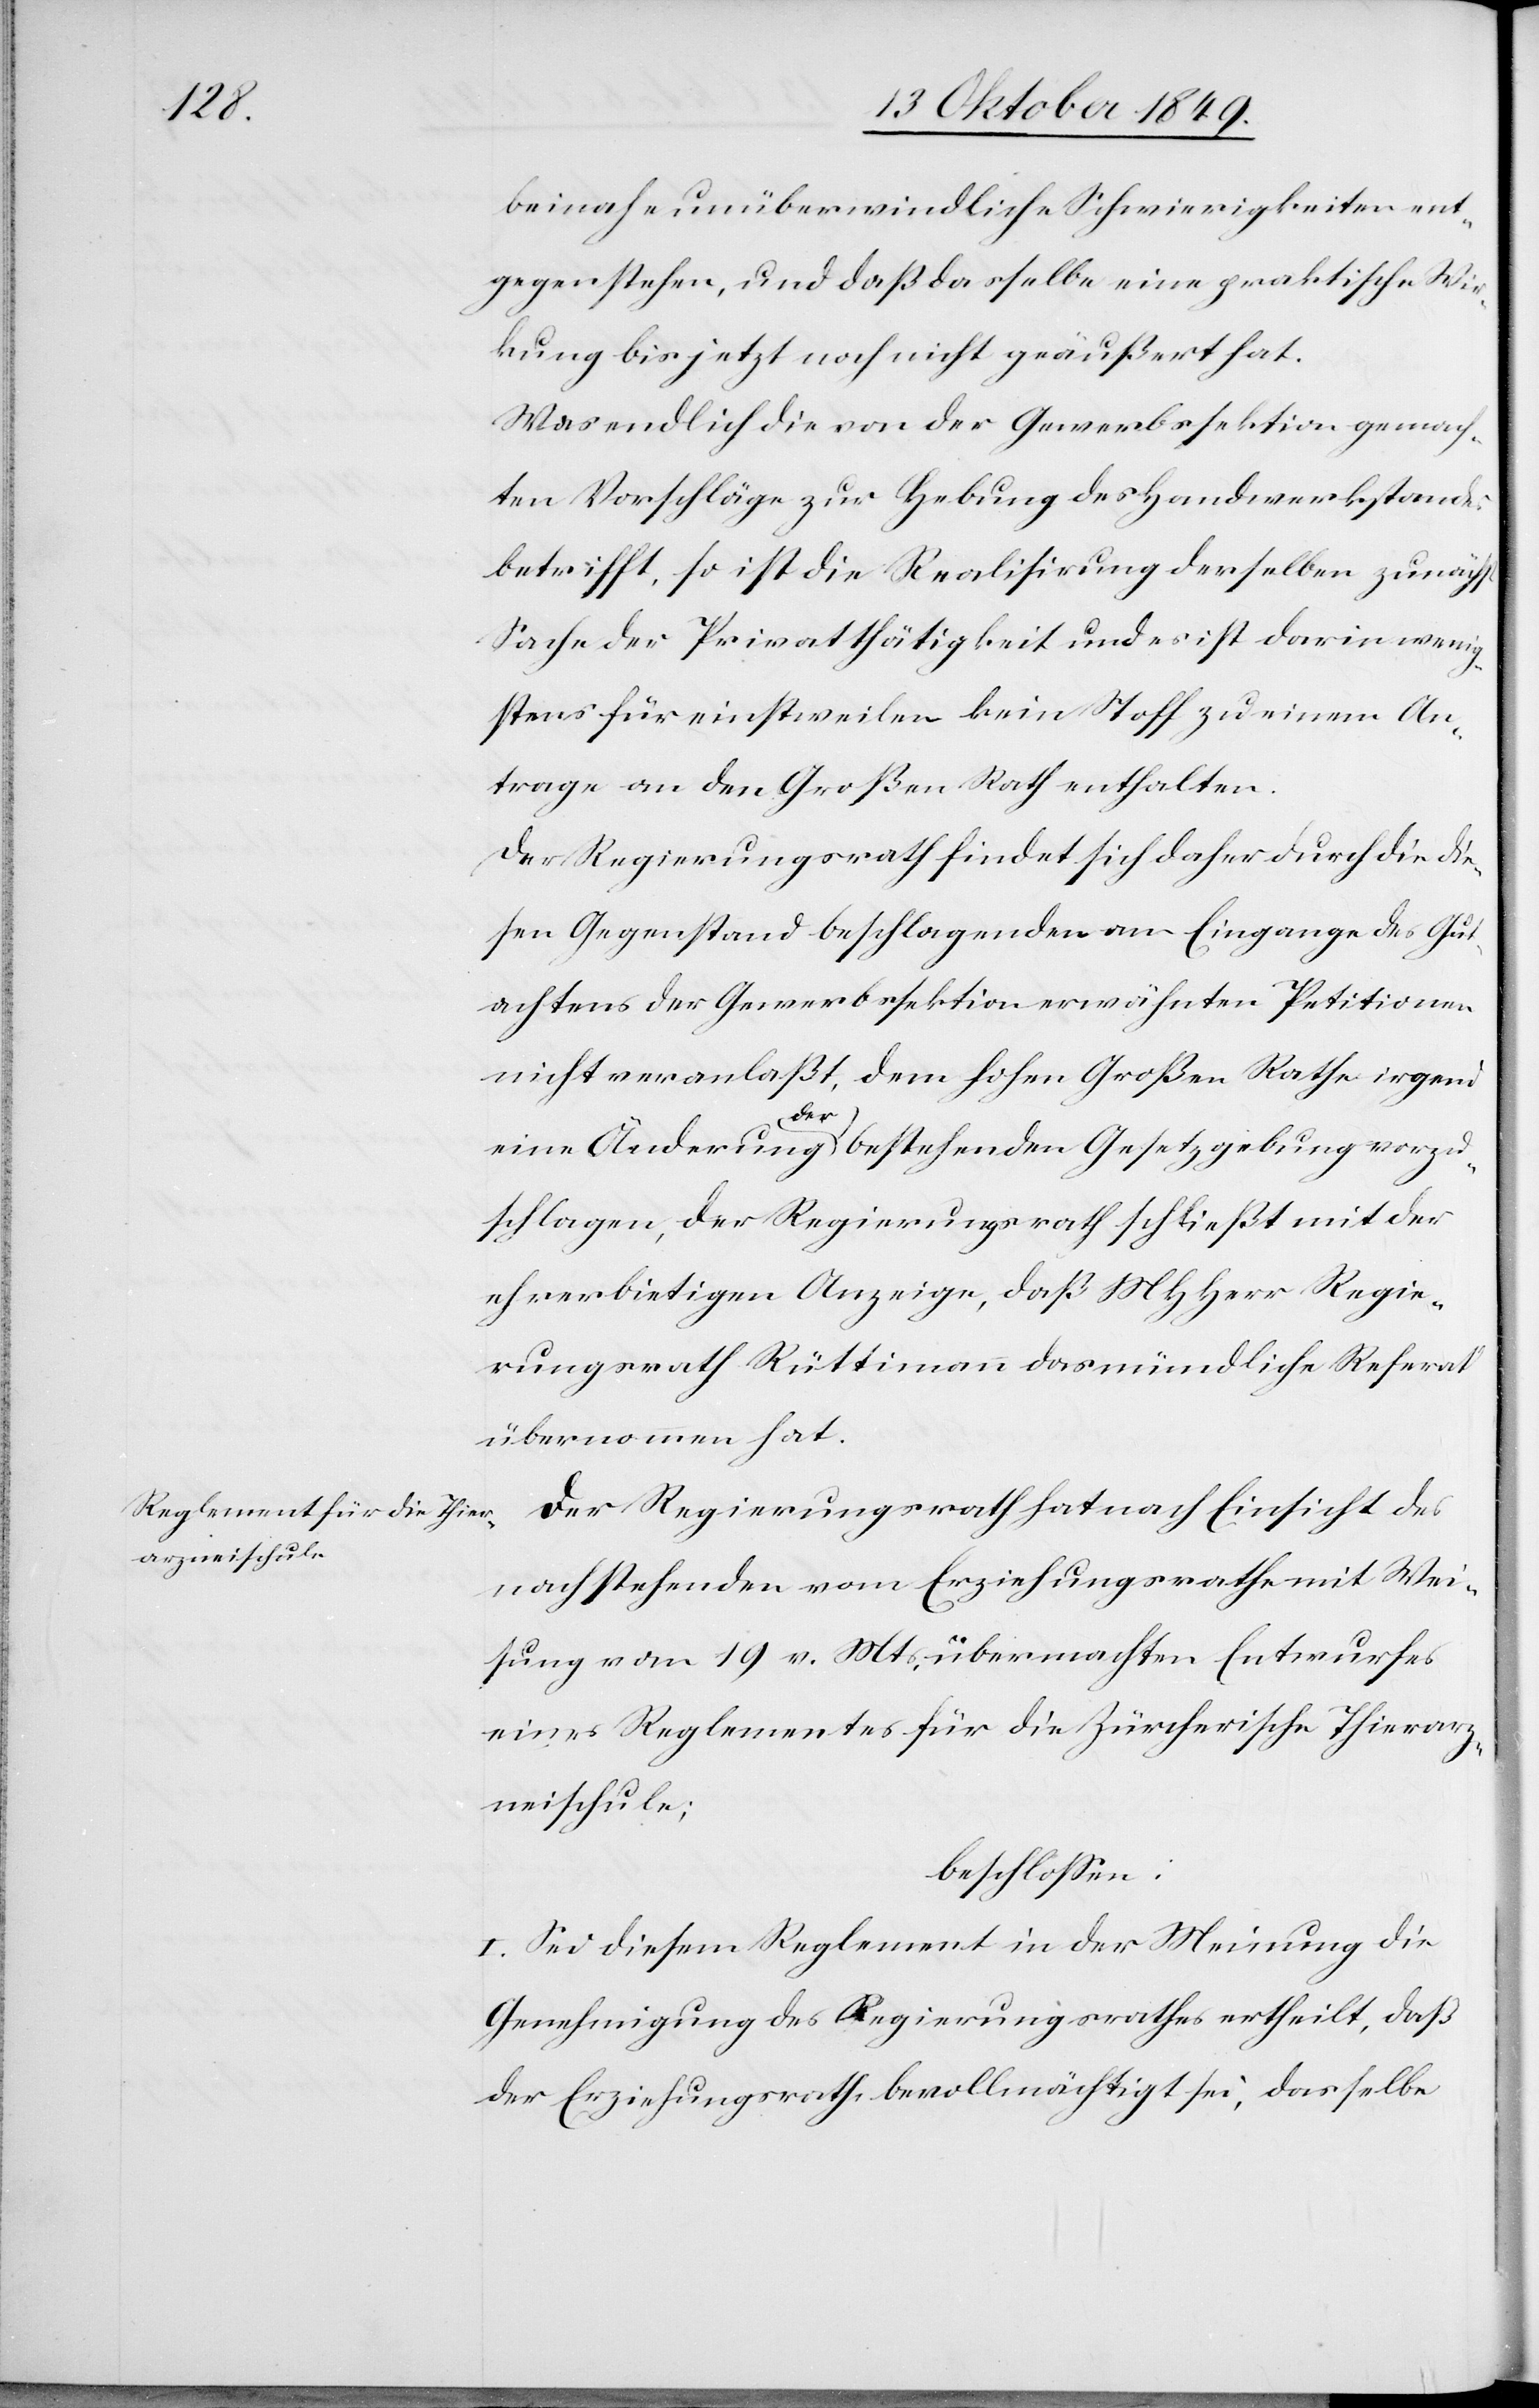
beinahe unüberwindliche Schwierigkeiten ent¬
gegenstehen, und daß dasselbe eine praktische Wi¬
rkung bis jetzt noch nicht geäußert hat.
Was endlich die von der Gewerbssektion gemach¬
ten Vorschläge zur Hebung des Handwerksstandes
betrifft, so ist die Realisirung derselben zunächst
Sache der Privatthätigkeit und es ist darin wenig¬
stens für einstweilen kein Stoff zu einem An¬
trage an den Großen Rath enthalten.
Der Regierungsrath findet sich daher durch die die¬
sen Gegenstand beschlagenden am Eingange des Gut¬
achtens der Gewerbssektion erwähnten Petitionen
nicht veranlaßt, dem hohen Großen Rathe irgend
eine Änderung der bestehenden Gesetzgebung vorzu¬
schlagen, der Regierungsrath schließt mit der
ehrerbietigen Anzeige, daß MHHerr Regie¬
rungsrath Rüttimann das mündliche Referat
übernommen hat.
Der Regierungsrath hat nach Einsicht des
nachstehenden vom Erziehungsrathe mit Wei¬
sung vom 19 v. Mts., übermachten Entwurfes
eines Reglementes für die Zürcherische Thierar¬
zneischule;
beschloßen:
I. Sei diesem Reglement in der Meinung die
Genehmigung des Regierungsrathes ertheilt, daß
der Erziehungsrath bevollmächtigt sei, dasselbe